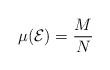
LaTeX: \begin{align*}\mu({\cal E})={M\over N} \end{align*}